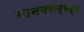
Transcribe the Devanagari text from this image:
मानवसम्बद्ध